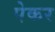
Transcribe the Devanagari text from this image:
पेकर